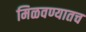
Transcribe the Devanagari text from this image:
मिळवण्यातच